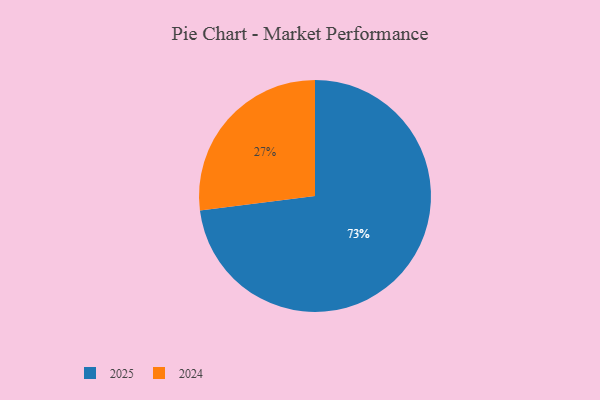
{"axis": {"x": "Category", "y": "Percentage"}, "legend": ["2024", "2025"], "data": [{"x": "2024", "y": 27, "type": "2024"}, {"x": "2025", "y": 73, "type": "2025"}]}